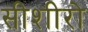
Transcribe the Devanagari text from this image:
सीशीरो